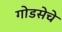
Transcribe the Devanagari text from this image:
गोडसेचे